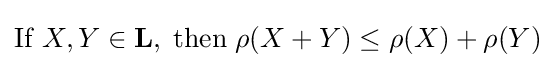
\mathrm {If} \;X,Y\in \mathbf {L} ,\;\mathrm {then} \;\rho (X+Y)\leq \rho (X)+\rho (Y)